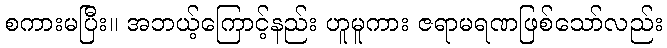
စကားမပြီး။ အဘယ့်ကြောင့်နည်း ဟူမူကား ဇရာမရဏဖြစ်သော်လည်း